Madras plague regulations and rules for district municipalities and other towns and villages
Disease focus: Plague
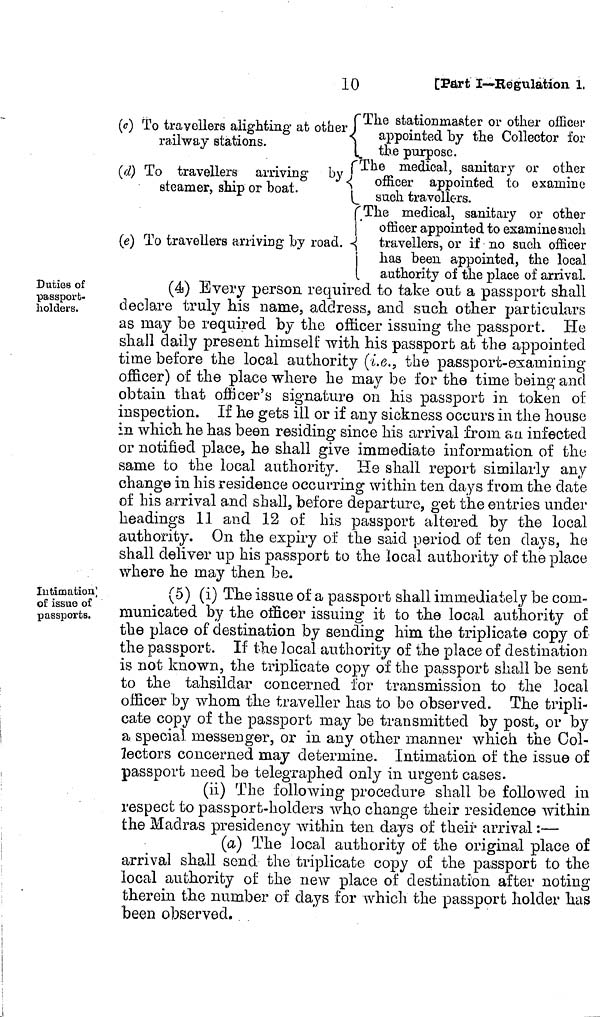
10
[Part I—Regulation. 1.
(c) To travellers alighting at other
railway stations.
(d) To travellers arriving by
steamer, ship or boat.
(e) To travellers arriving by road.
{
*
The stationmaster or other officer
appointed by the Collector for
the purpose.
he medical, sanitary or other
officer appointed to examine
such travellers.
'The medical, sanitary or other
officer appointed to examine such
travellers, or if no such officer
has been appointed, the local
authoritv of the place of arrival.
Duties of
passport-
holders.
(4) Every person required to take out a passport shall
declare truly his name, address, and such other particulars
as may be required by the officer issuing the passport. He
shall daily present himself with his passport at the appointed
time before the local authority (i.e., the passport-examining
officer) of the place where he may be for the time being and
obtain that officer's signature on his passport in token of
inspection. If he gets ill or if any sickness occurs in the house
in which he has been residing since his arrival from an. infected
or notified place, he shall give immediate information of the
same to the local authority. He shall report similarly any
change in his residence occurring within ten days from the date
of his arrival and shall, before departure, get the entries under
headings 11 and 12 of his passport altered by the local
authority. On the expiry of the said period of ten days, he
shall deliver up his passport to the local authority of the place
where he may then be.
Intimation
of issue of
passports.
(5) (i) The issue of a passport shall immediately be com-
municated by the officer issuing it to the local authority of
the place of destination by sending him the triplicate copy of
the passport. If the local authority of the place of destination
is not known, the triplicate copy of the passport shall be sent
to the tahsildar concerned for transmission to the local
officer by whom the traveller has to bo observed. The tripli-
cate copy of the passport may be transmitted by post, or by
a special messenger, or in any other manner which the Col-
lectors concerned may determine. Intimation of the issue of
passport need be telegraphed only in urgent cases.
(ii) The following procedure shall be followed in
respect to passport-holders who change their residence within
the Madras presidency within ten days of their arrival :—
(a) The local authority of the original place of
arrival shall send the triplicate copy of the passport to the
local authority of the new place of destination after noting
therein the number of days for which the passport holder has
been observed.